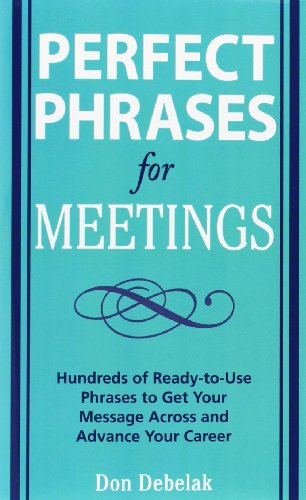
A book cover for Perfect Phrases for Meetings: Hundreds of Ready-to-Use Phrases to Get Your Message Across and Advance Your Career; Don Debelak; Business & Money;